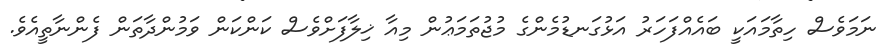
ނަމަވެސް ހިތާމައަކީ ބައެއްފަހަރު އަޅުގަނޑުމެންގެ މުޖުތަމަޢުން މިއާ ޚިލާފަށްވެސް ކަންކަން ވަމުންދާތަން ފެންނާތީއެވެ.